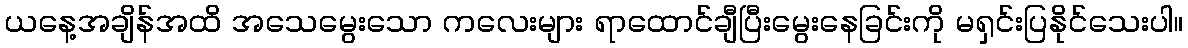
ယနေ့အချိန်အထိ အသေမွေးသော ကလေးများ ရာထောင်ချီပြီးမွေးနေခြင်းကို မရှင်းပြနိုင်သေးပါ။